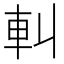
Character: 䡂